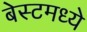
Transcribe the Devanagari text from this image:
बेस्टमध्ये